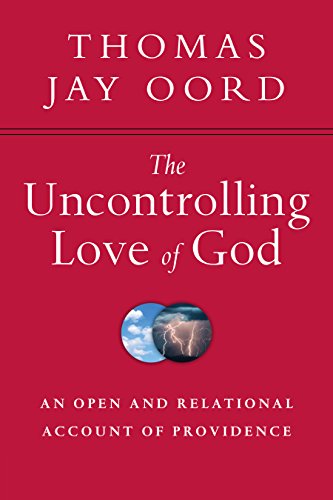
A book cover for The Uncontrolling Love of God: An Open and Relational Account of Providence; Thomas Jay Oord; Christian Books & Bibles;